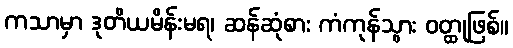
ကသာမှာ ဒုတိယမိန်းမရ၊ ဆန်ဆုံစား ကံကုန်သွား ဝတ္ထုဖြစ်။